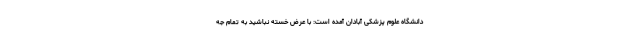
دانشگاه علوم پزشکی آبادان آمده است: با عرض خسته نباشید به تمام جه